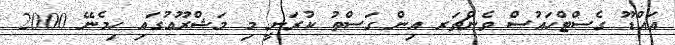
އައްޑޫ ގެސްޓްހައުސް ވެންޗަރ އިން ގަސްތު ކުރަނީ މި މަޝްރޫޢުގައި ހިމެނޭ 2000